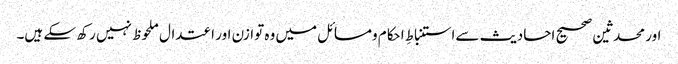
اور محدثین صحیح احادیث سےاستنباطِ احکام ومسائل میں وہ توازن اور اعتدال ملحوظ نہیں رکھ سکے ہیں۔